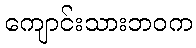
ကျောင်းသားဘဝက